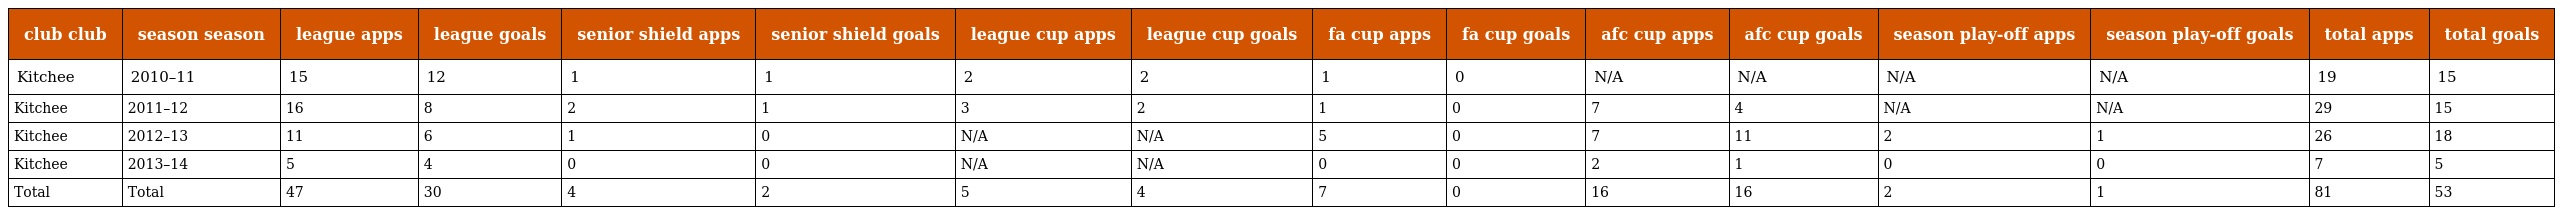
| club club | season season | league apps | league goals | senior shield apps | senior shield goals | league cup apps | league cup goals | fa cup apps | fa cup goals | afc cup apps | afc cup goals | season play-off apps | season play-off goals | total apps | total goals |
 | --- | --- | --- | --- | --- | --- | --- | --- | --- | --- | --- | --- | --- | --- | --- | --- |
 | Kitchee | 2010–11 | 15 | 12 | 1 | 1 | 2 | 2 | 1 | 0 | N/A | N/A | N/A | N/A | 19 | 15 |
 | Kitchee | 2011–12 | 16 | 8 | 2 | 1 | 3 | 2 | 1 | 0 | 7 | 4 | N/A | N/A | 29 | 15 |
 | Kitchee | 2012–13 | 11 | 6 | 1 | 0 | N/A | N/A | 5 | 0 | 7 | 11 | 2 | 1 | 26 | 18 |
 | Kitchee | 2013–14 | 5 | 4 | 0 | 0 | N/A | N/A | 0 | 0 | 2 | 1 | 0 | 0 | 7 | 5 |
 | Total | Total | 47 | 30 | 4 | 2 | 5 | 4 | 7 | 0 | 16 | 16 | 2 | 1 | 81 | 53 |